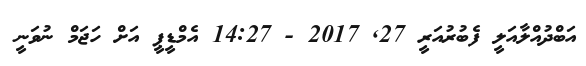
އަބްދުއްލާއަލީ ފެބުރުއަރީ 27